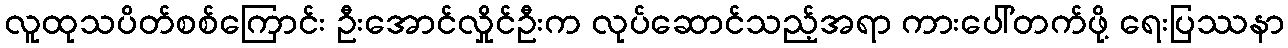
လူထုသပိတ်စစ်ကြောင်း ဦးအောင်လှိုင်ဦးက လုပ်ဆောင်သည့်အရာ ကားပေါ်တက်ဖို့ ရေးပြဿနာ